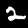
Label: 2